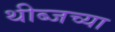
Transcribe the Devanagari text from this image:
थीब्जच्या